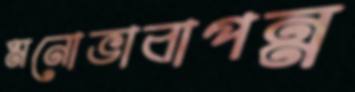
মনোভাবাপন্ন